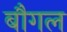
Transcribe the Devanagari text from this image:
बौगल